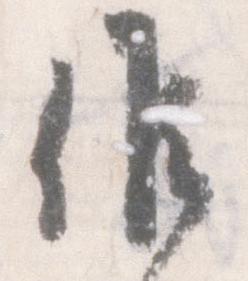
候